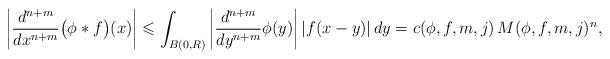
LaTeX: \begin{align*}\left| \dfrac{d^{n+m}}{dx^{n+m}}\big(\phi \ast f \big)(x) \right| \leqslant \int_{B(0,R)} \left| \dfrac{d^{n+m}}{dy^{n+m}} \phi(y) \right| |f(x-y)| \, dy = c(\phi, f, m, j) \, M(\phi, f, m, j)^n,\end{align*}